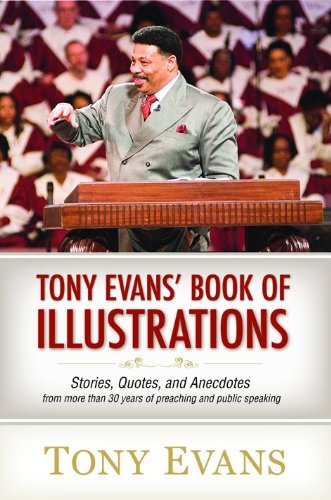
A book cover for Tony Evans' Book of Illustrations: Stories, Quotes, and Anecdotes from More Than 30 Years of Preaching and  Public Speaking; Tony Evans; Christian Books & Bibles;